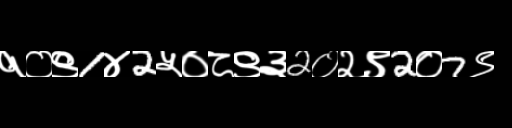
Text: १०९1४2५०८९३2०२९2०7९